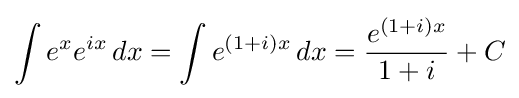
\int e^{x}e^{ix}\,dx=\int e^{(1+i)x}\,dx={\frac {e^{(1+i)x}}{1+i}}+C